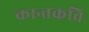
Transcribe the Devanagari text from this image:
कान्तकवि